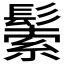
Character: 𩮛